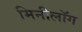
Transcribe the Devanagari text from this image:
मिनीलॉग